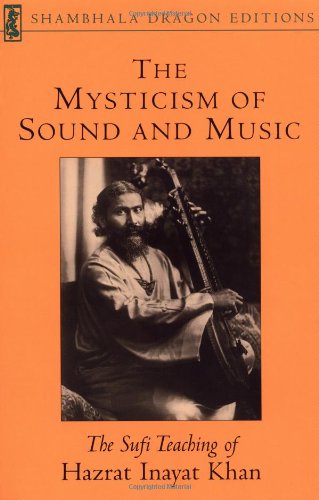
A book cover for The Mysticism of Sound and Music (Shambhala Dragon Editions); Hazrat Inayat Khan; Religion & Spirituality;